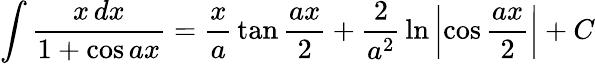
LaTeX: \int{\frac{x\, dx}{1+\cos ax}}={\frac{x}{a}}\tan{\frac{ax}{2}}+{\frac{2}{a^{2}}}\ln\left|\cos{\frac{ax}{2}}\right|+C